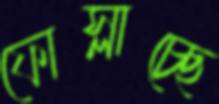
ফোস্‌লাচ্ছে